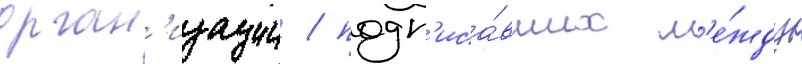
орган'изации / подп'иса́вших м'е́жду